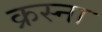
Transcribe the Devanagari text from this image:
क्रस्ना